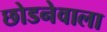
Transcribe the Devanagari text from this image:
छोडनेवाला